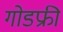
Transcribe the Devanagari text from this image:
गोडफ्री